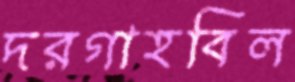
দরগাহবিল